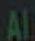
Al